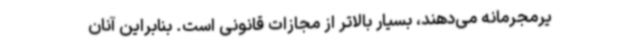
یرمجرمانه می‌دهند، بسیار بالاتر از مجازات قانونی است. بنابراین آنان